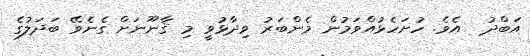
އަބްދު  އެވެ. ހުށަހެޅުއްވަމުން މެންބަރު ވިދާޅުވީ މި ޤާނޫނަށް ގެނެވޭ ބަދަލުގެ